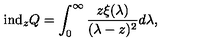
\mathrm { i n d } _ { z } Q = \int _ { 0 } ^ { \infty } \frac { z \xi ( \lambda ) } { ( \lambda - z ) ^ { 2 } } d \lambda ,